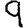
Digit: 9